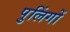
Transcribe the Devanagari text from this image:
पुलिंगों